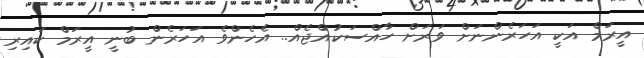
އީރަމް އަކީ އަހަރެންނަށް ވަރަށް ހާއްސަކުއްޖެއް.. އެހެންވެ އަހަރެން ބުނީ އީރަމް ކައިރި